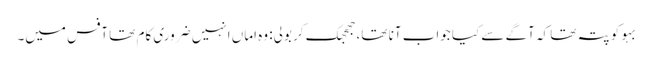
بہو کو پتہ تھا کہ آگے سے کیا جواب آنا تھا، جھجھک کر بولی: وہ اماں انہیں ضروری کام تھا آفس میں۔